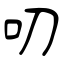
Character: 叨